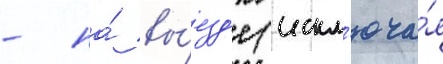
- на́ вы́езд'е (искл'юча́я